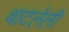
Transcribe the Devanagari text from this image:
थाटलेली